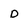
Character: D